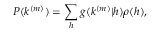
P ( k ^ { ( m ) } ) = \sum _ { h } g ( k ^ { ( m ) } | h ) \rho ( h ) ,